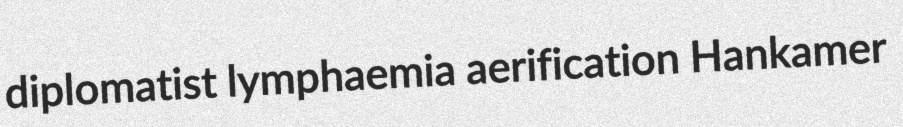
diplomatist lymphaemia aerification Hankamer